65_HS1-834228961_62-HQ-83894_Serial_164
Agency: FBI
Page 76
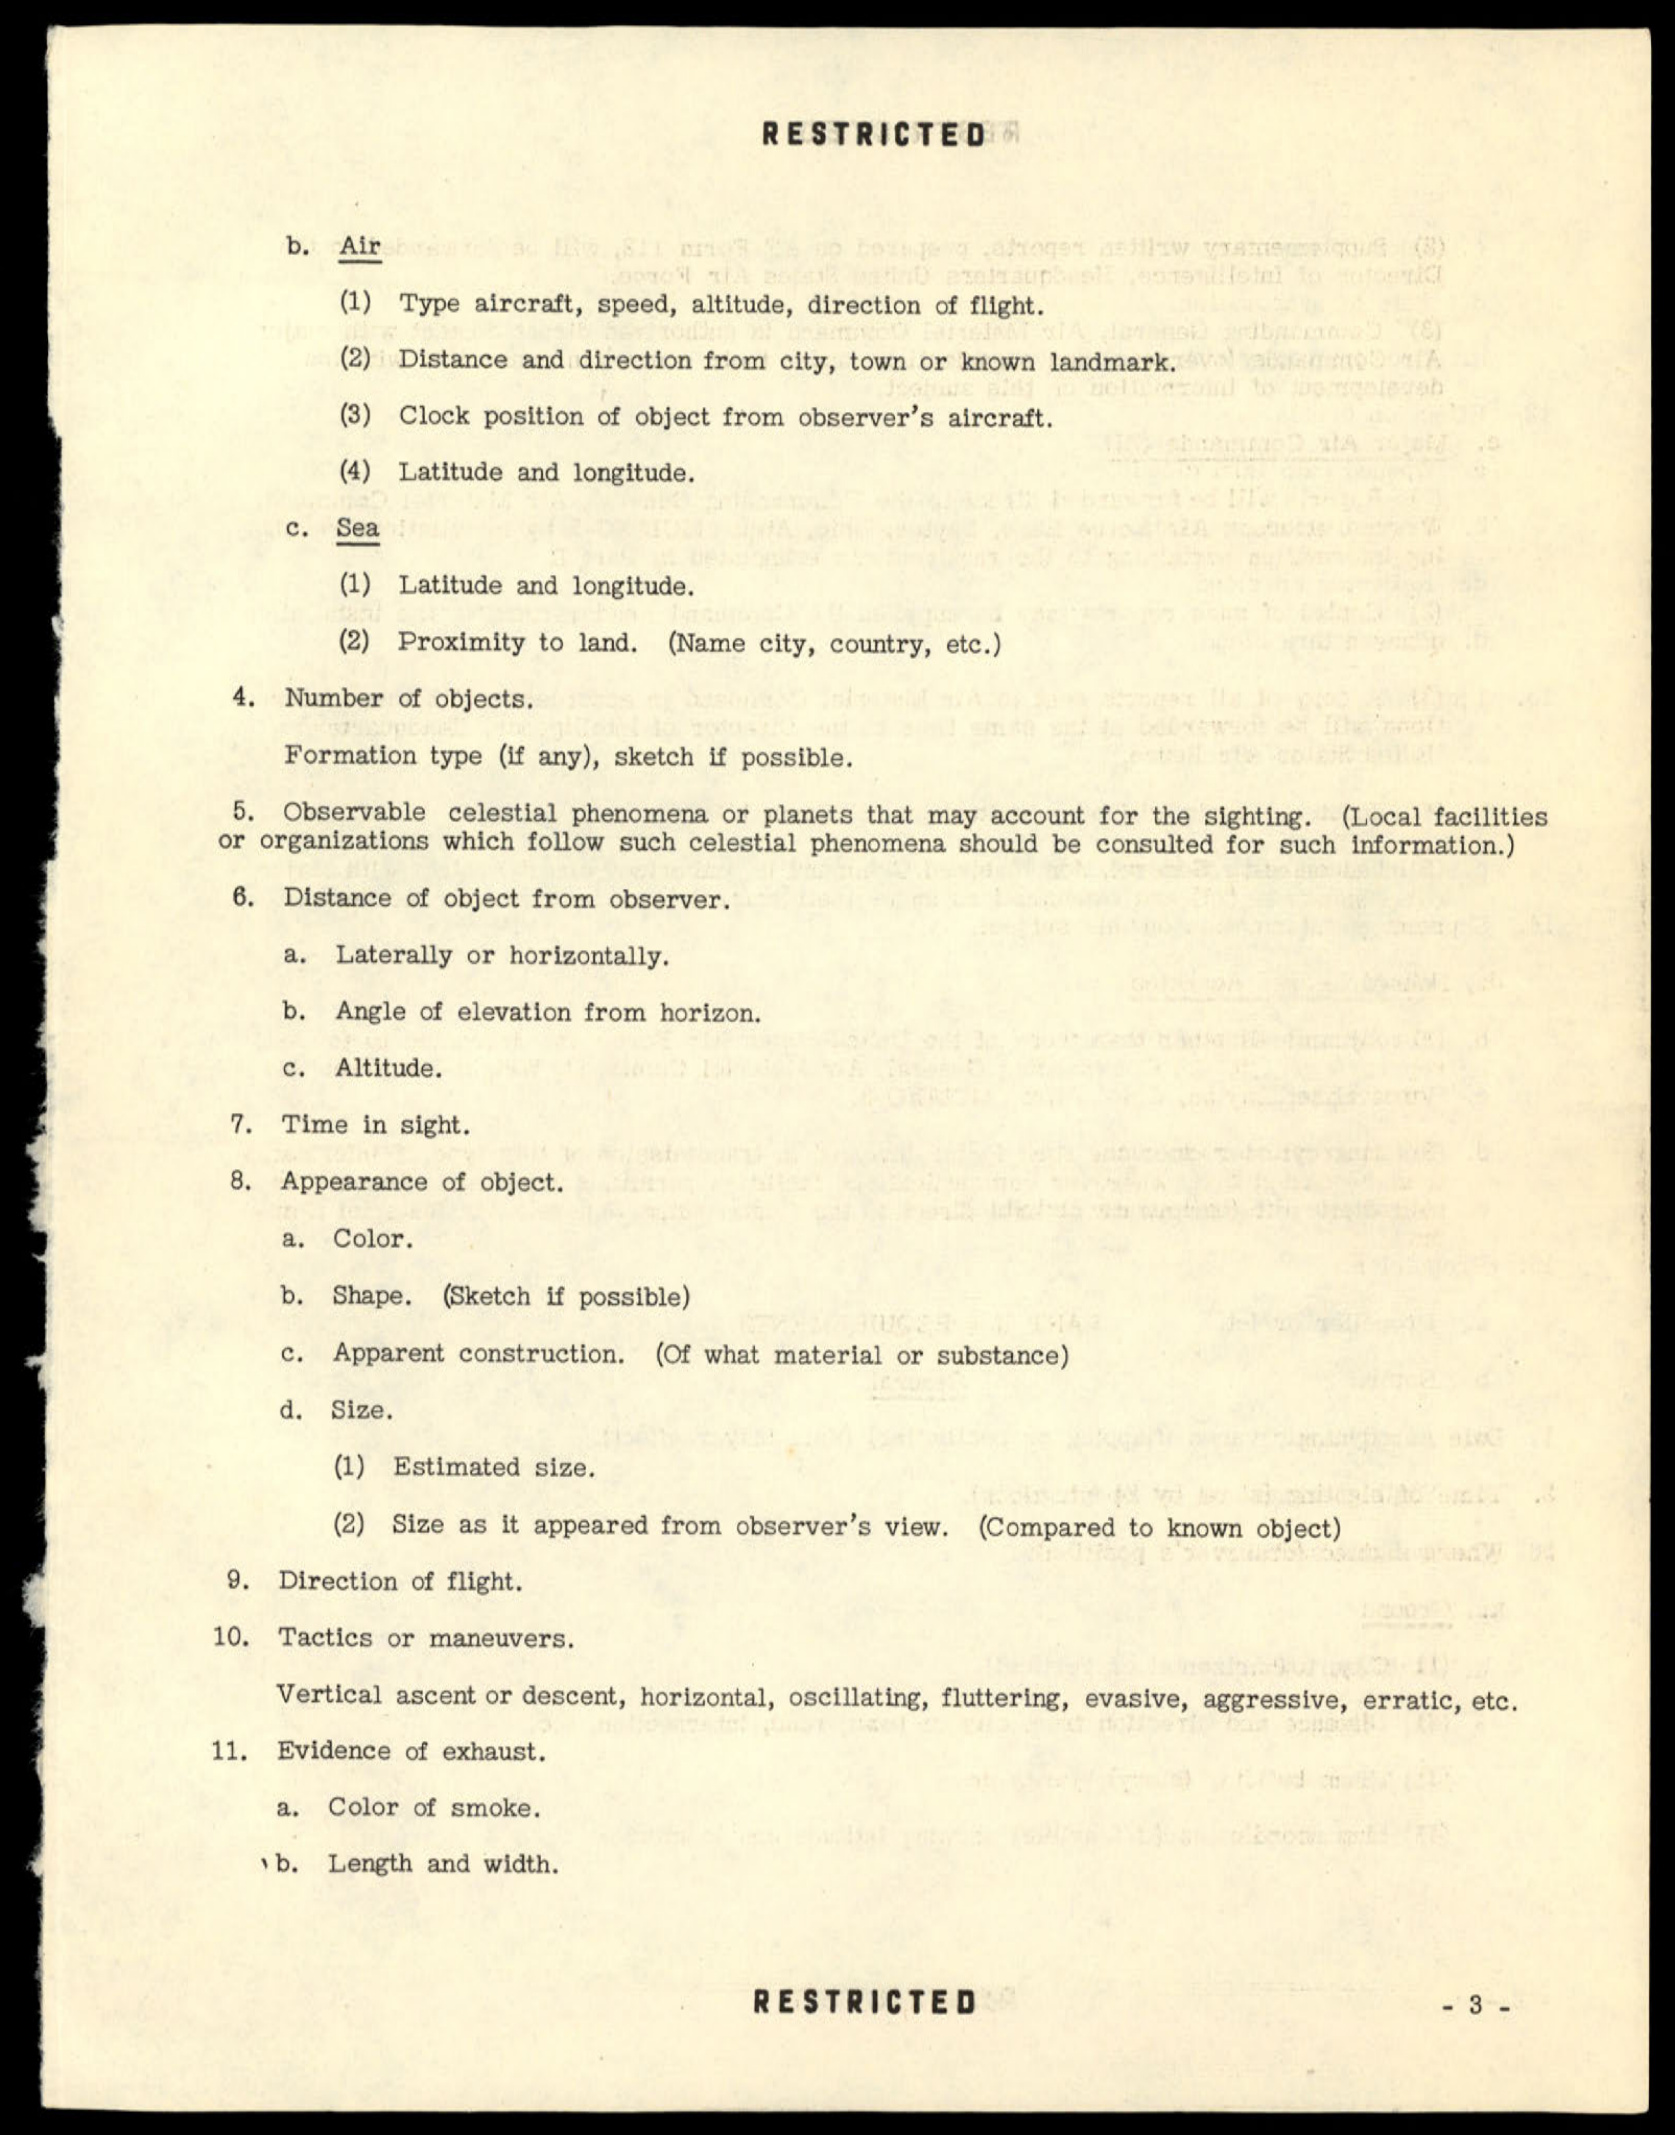